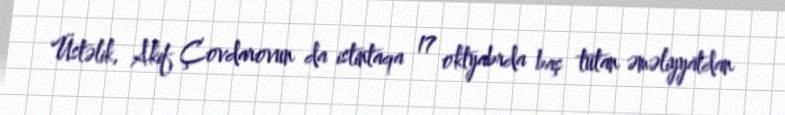
Üstəlik, Akif Çovdarovun da istintaqa 17 oktyabrda baş tutan əməliyyatdan